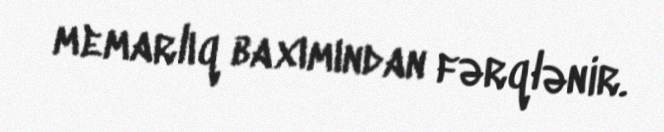
memarlıq baxımından fərqlənir.